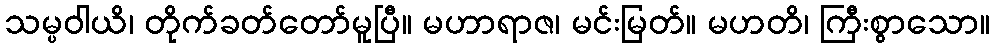
သမ္ပဝါယိ၊ တိုက်ခတ်တော်မူပြီ။ မဟာရာဇ၊ မင်းမြတ်။ မဟတိ၊ ကြီးစွာသော။